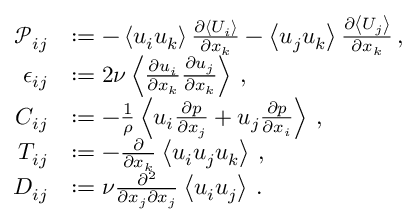
\begin{array} { r l } { \mathcal { P } _ { i j } } & { : = - \left< u _ { i } u _ { k } \right> \frac { \partial \left< U _ { i } \right> } { \partial x _ { k } } - \left< u _ { j } u _ { k } \right> \frac { \partial \left< U _ { j } \right> } { \partial x _ { k } } \, , } \\ { \epsilon _ { i j } } & { : = 2 \nu \left< \frac { \partial u _ { i } } { \partial x _ { k } } \frac { \partial u _ { j } } { \partial x _ { k } } \right> \, , } \\ { C _ { i j } } & { : = - \frac { 1 } { \rho } \left< u _ { i } \frac { \partial p } { \partial x _ { j } } + u _ { j } \frac { \partial p } { \partial x _ { i } } \right> \, , } \\ { T _ { i j } } & { : = - \frac { \partial } { \partial x _ { k } } \left< u _ { i } u _ { j } u _ { k } \right> \, , } \\ { D _ { i j } } & { : = \nu \frac { \partial ^ { 2 } } { \partial x _ { j } \partial x _ { j } } \left< u _ { i } u _ { j } \right> \, . } \end{array}